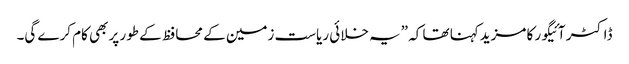
ڈاکٹر آئیگور کا مزیدکہنا تھا کہ ”یہ خلائی ریاست زمین کے محافظ کے طور پر بھی کام کرے گی۔